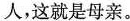
人，这就是母亲。